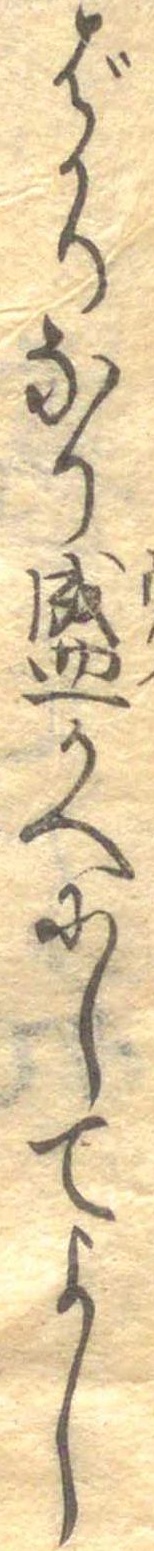
ばかりなり盛かへにしてよし